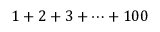
1 + 2 + 3 + \cdots + 1 0 0